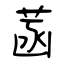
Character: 菡